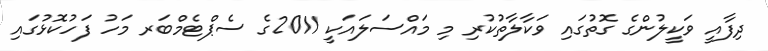
ދިފާއީ ވަކީލުންގެ ގޮތުގައި ވަކާލާތުކުރި މި މައްސަލައަކީ 2011ގެ ސެޕްޓެމްބަރ މަހު ފަހުކޮޅުގައި